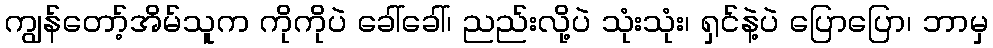
ကျွန်တော့်အိမ်သူက ကိုကိုပဲ ခေါ်ခေါ်၊ ညည်းလို့ပဲ သုံးသုံး၊ ရှင်နဲ့ပဲ ပြောပြော၊ ဘာမှ